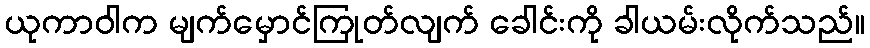
ယုကာဝါက မျက်မှောင်ကြုတ်လျက် ခေါင်းကို ခါယမ်းလိုက်သည်။